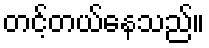
တင့်တယ်နေသည်။